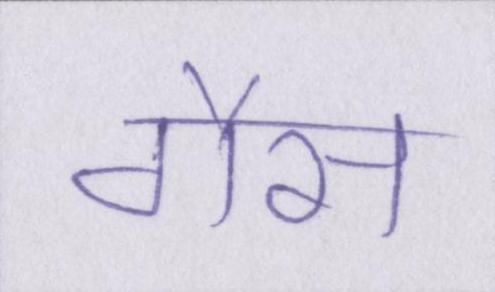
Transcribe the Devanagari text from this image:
गैस